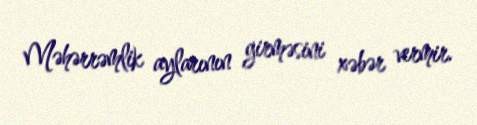
Məhərrəmlik aylarının girməsini xəbər vermir.